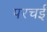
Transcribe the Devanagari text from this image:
परचई